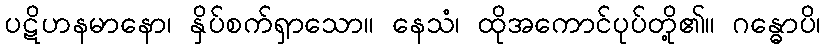
ပဋိဟနမာနော၊ နှိပ်စက်ရှာသော။ နေသံ၊ ထိုအကောင်ပုပ်တို့၏။ ဂန္ဓောပိ၊